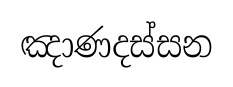
ඤාණදස්සන